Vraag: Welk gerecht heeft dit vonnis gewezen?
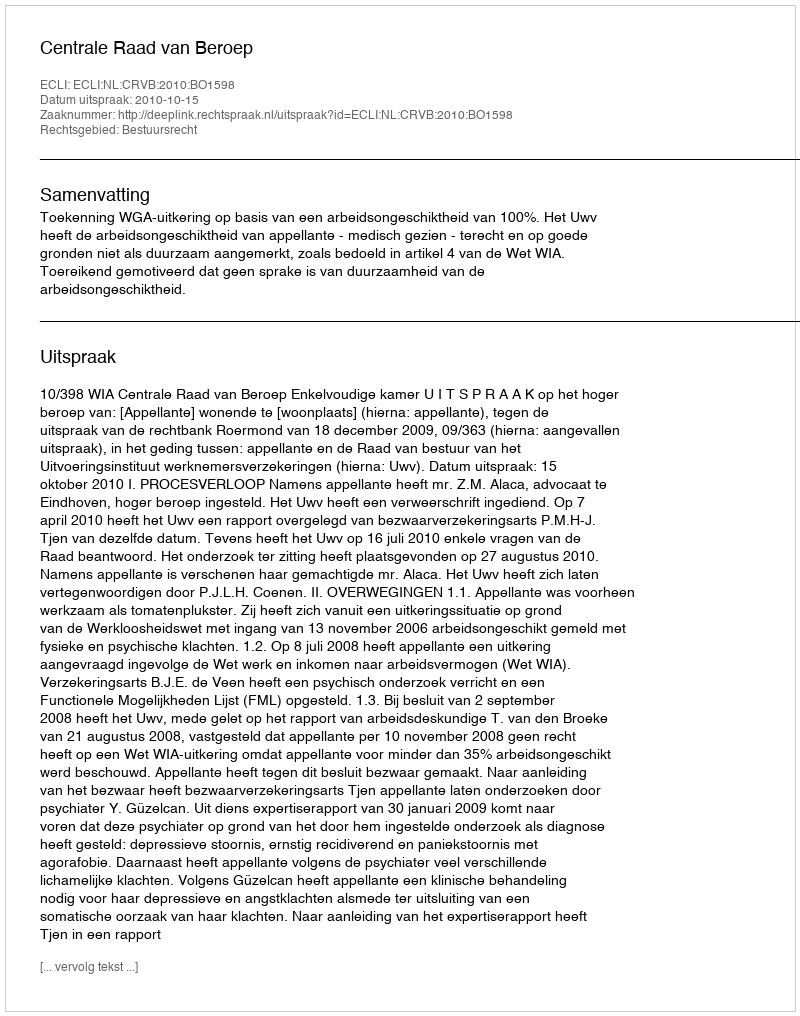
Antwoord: Centrale Raad van Beroep